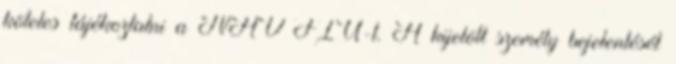
köteles tájékoztatni a NAV FIU-t. A kijelölt személy bejelentését